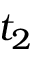
t _ { 2 }